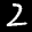
Label: 2